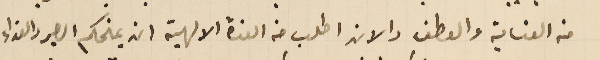
من العناية والعطف والان اطلب من العزة الالهية ان يمنحكم الصبر والعزاء